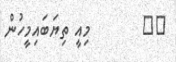
٢١        މިއީ ތިޔަބައިމީހުން